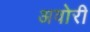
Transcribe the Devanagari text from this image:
अवोरी